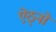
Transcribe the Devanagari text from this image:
ऐठ्नों